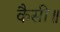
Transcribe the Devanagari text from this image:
कैसी॥